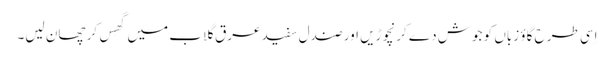
اِسی طرح گاؤ زباں کو جوش دے کر نچوڑیں اور صندل سفید عرق گلاب میں گھِس کر چھان لیں۔